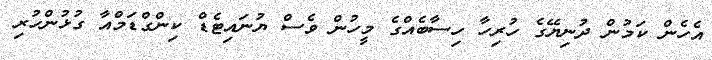
އެހެން ކަމުން ދުނިޔޭގެ ހުރިހާ ހިސާބެއްގެ މީހުން ވެސް ޔުނައިޓެޑް ކިންގްޑަމްއާ ގުޅުންހުރި